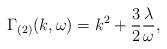
LaTeX: \begin{align*}\Gamma_{(2)}(k,\omega)=k^2+\frac{3}{2}\frac{\lambda}{\omega},\end{align*}